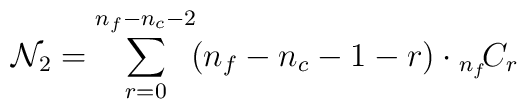
{\cal N}_2 = \sum_{r=0}^{n_f - n_c - 2}    \!  (n_f-n_c-1-r)  \cdot{}_{n_f}\!C_r  \,